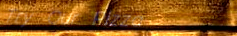
Try Our Pizza